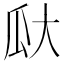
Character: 𪼳